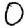
Digit: 0